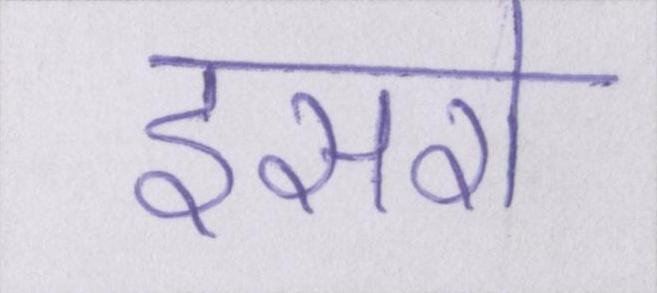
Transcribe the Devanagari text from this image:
इसरो